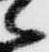
た